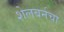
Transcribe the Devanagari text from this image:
शेलबर्नचा